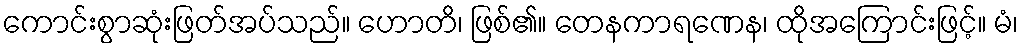
ကောင်းစွာဆုံးဖြတ်အပ်သည်။ ဟောတိ၊ ဖြစ်၏။ တေနကာရဏေန၊ ထိုအကြောင်းဖြင့်။ မံ၊